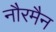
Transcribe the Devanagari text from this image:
नौरमैन